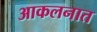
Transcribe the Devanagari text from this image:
आकलनात